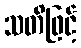
သတိဖြင့်